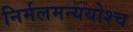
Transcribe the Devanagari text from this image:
निर्मलमन्ययोश्च